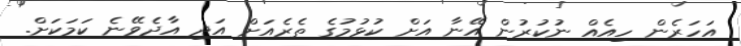
އަހަރެން ހިއެއް ނުކުރުން އޭނާ އަށް ކުޅުމުގެ ތެރެއަށް އަދި އާދެވޭނެ ކަމަކަށް.